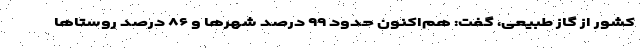
کشور از گاز طبیعی، گفت: هم‌اکنون حدود ۹۹ درصد شهرها و ۸۶ درصد روستاها